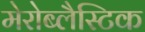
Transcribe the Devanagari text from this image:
मेरोब्लैस्टिक